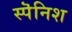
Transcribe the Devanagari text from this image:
स्पॆनिश